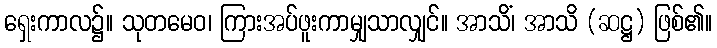
ရှေးကာလ၌။ သုတမေဝ၊ ကြားအပ်ဖူးကာမျှသာလျှင်။ အာသိံ၊ အာသိ (ဆဋ္ဌ) ဖြစ်၏။